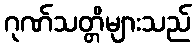
ဂုဏ်သတ္တိများသည်